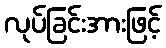
လုပ်ခြင်းအားဖြင့်